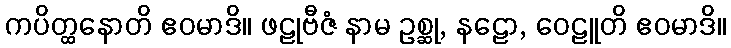
ကပိတ္ထနောတိ ဧဝမာဒိ။ ဖဠုဗီဇံ နာမ ဥစ္ဆု, နဠော, ဝေဠူတိ ဧဝမာဒိ။